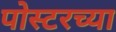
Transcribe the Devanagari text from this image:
पोस्टरच्या